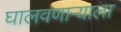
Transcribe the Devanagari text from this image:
घालवणाऱ्याला